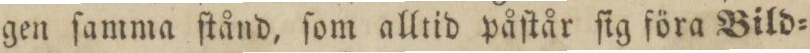
gen ſamma ſtånd, ſom alltid påſtår ſig föra Bild=